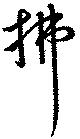
拂